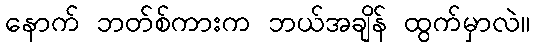
နောက် ဘတ်စ်ကားက ဘယ်အချိန် ထွက်မှာလဲ။